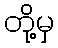
တို့မှ